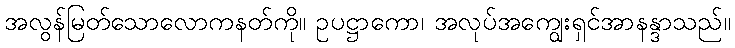
အလွန်မြတ်သောလောကနတ်ကို။ ဥပဋ္ဌာကော၊ အလုပ်အကျွေးရှင်အာနန္ဒာသည်။